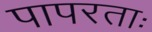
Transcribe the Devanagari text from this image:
पापरताः